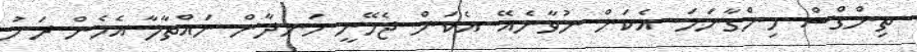
ތިންގްސް ހިންގާނަމަ. އެކަން ނުވާނެއޭ. އެކަން ޖެހޭނީ ހަނދާން ނައްތާލާ އެމެން ރަށު